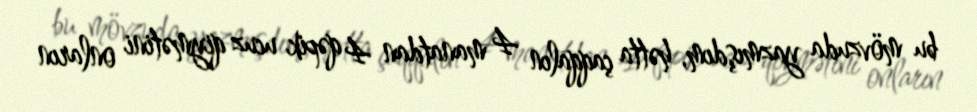
bu mövzuda yazmışdım, hətta çaqqalın 4 manatdan 4 qəpik ucuz qiymətini onların